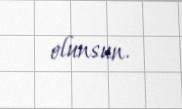
olunsun.